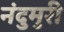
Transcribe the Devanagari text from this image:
नंदुमुरी